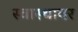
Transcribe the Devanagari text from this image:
स्वास्थावर